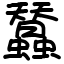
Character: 蠺